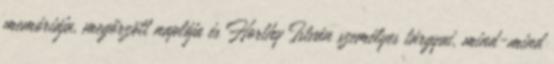
memóriája, megőrzött naplója és Horthy István személyes tárgyai, mind-mind